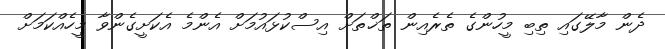
ދެން މާލޭގައި ތިބި މީހުންގެ ތެރެއިން ތަޚްތަށް އިސްކުޅައުމަށް އެންމެ އެކަށީގެންވާ މީހެއްކަމަށް